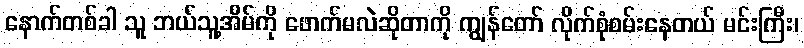
နောက်တစ်ခါ သူ ဘယ်သူ့အိမ်ကို ဖောက်မလဲဆိုတာကို ကျွန်တော် လိုက်စုံစမ်းနေတယ် မင်းကြီး၊